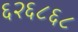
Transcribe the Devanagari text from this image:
६२६८६८